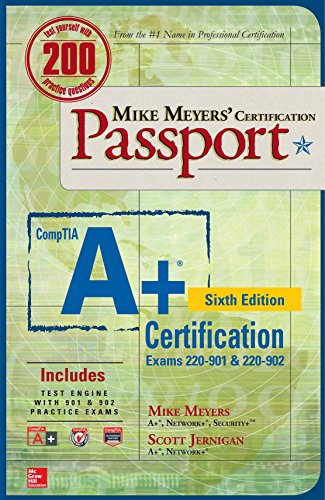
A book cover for Mike Meyers' CompTIA A+ Certification Passport, Sixth Edition (Exams 220-901 & 220-902) (Mike Meyers' Certficiation Passport); Mike Meyers; Computers & Technology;